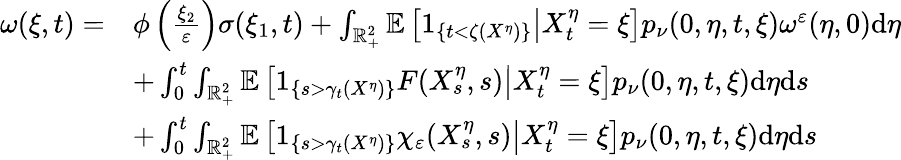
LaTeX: \begin{array}{rl}{\omega(\xi,t)=}&{\phi\left(\frac{\xi_{2}}{\varepsilon}\right)\sigma(\xi_{1},t)+\int_{\mathbb{R}_{+}^{2}}\mathbb{E}\left[\left.1_{\{ t<\zeta(X^{\eta})\} }\right|X_{t}^{\eta}=\xi\right]p_{\nu}(0,\eta,t,\xi)\omega^{\varepsilon}(\eta,0)\mathrm{d}\eta}\\ &{+\int_{0}^{t}\int_{\mathbb{R}_{+}^{2}}\mathbb{E}\left[\left.1_{\left\{ s>\gamma_{t}(X^{\eta})\right\} }F(X_{s}^{\eta},s)\right|X_{t}^{\eta}=\xi\right]p_{\nu}(0,\eta,t,\xi)\mathrm{d}\eta\mathrm{d}s}\\ &{+\int_{0}^{t}\int_{\mathbb{R}_{+}^{2}}\mathbb{E}\left[\left.1_{\left\{ s>\gamma_{t}(X^{\eta})\right\} }\chi_{\varepsilon}(X_{s}^{\eta},s)\right|X_{t}^{\eta}=\xi\right]p_{\nu}(0,\eta,t,\xi)\mathrm{d}\eta\mathrm{d}s}\end{array}